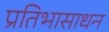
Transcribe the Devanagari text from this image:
प्रतिभासाधन